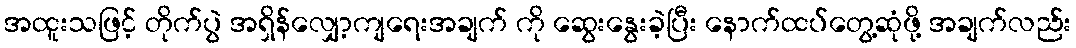
အထူးသဖြင့် တိုက်ပွဲ အရှိန်လျှော့ကျရေးအချက် ကို ဆွေးနွေးခဲ့ပြီး နောက်ထပ်တွေ့ဆုံဖို့ အချက်လည်း